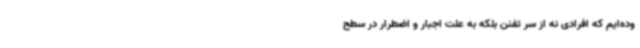
وده‌ایم که افرادی نه از سر تفنن بلکه به علت اجبار و اضطرار در سطح